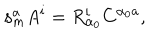
\mathbf { s } _ { m } ^ { a } A ^ { i } = R _ { \alpha _ { 0 } } ^ { i } C ^ { \alpha _ { 0 } a } ,